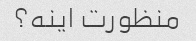
منظورت اینه؟